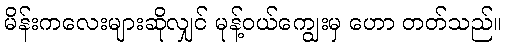
မိန်းကလေးများဆိုလျှင် မုန့်ဝယ်ကျွေးမှ ဟော တတ်သည်။